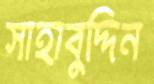
সাহাবুদ্দিন